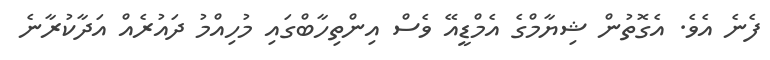
ފެނެ އެވެ. އެގޮތުން ޝިޔާމްގެ އެމްޑީއޭ ވެސް އިންތިހާބްގައި މުހިއްމު ދައުރެއް އަދާކުރާނެ